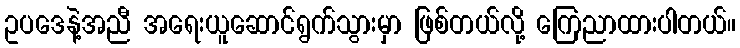
ဥပဒေနဲ့အညီ အရေးယူဆောင်ရွက်သွားမှာ ဖြစ်တယ်လို့ ကြေညာထားပါတယ်။